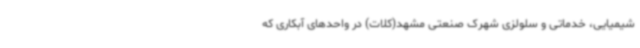
شیمیایی، خدماتی و سلولزی شهرک صنعتی مشهد(کلات) در واحدهای آبکاری که